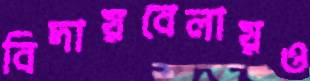
বিদায়বেলায়ও